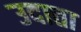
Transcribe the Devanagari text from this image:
उदात्ता